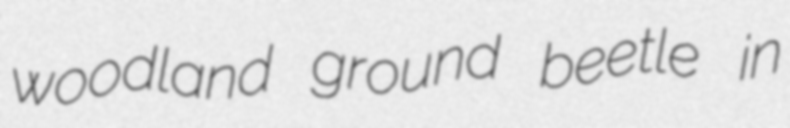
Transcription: woodland ground beetle in